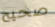
صحيح